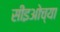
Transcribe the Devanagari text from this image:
सीइओच्या